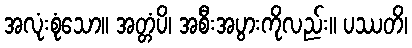
အလုံးစုံသော။ အတ္တံပိ၊ အစီးအပွားကိုလည်း။ ပဿတိ၊